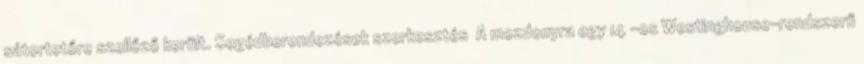
sátortetőre szellőző került. Segédberendezések szerkesztés A mozdonyra egy 14″-os Westinghouse-rendszerű